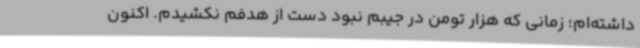
داشته‌ام؛ زمانی که هزار تومن در جیبم نبود دست از هدفم نکشیدم. اکنون